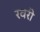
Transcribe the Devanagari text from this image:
रवरी